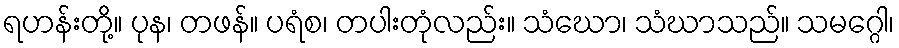
ရဟန်းတို့။ ပုန၊ တဖန်။ ပရံစ၊ တပါးတုံလည်း။ သံဃော၊ သံဃာသည်။ သမဂ္ဂေါ၊